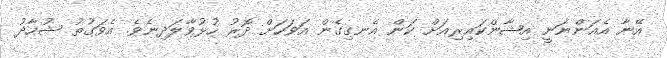
އޭނާ އެއަންނަނީ އިޝާންކައިރިއަށް ކަން އެނގިގެން އަވަހަށް ދޮރު ހުޅުވާލަދިނެވެ. އެވަގުތު ޝުހާދު